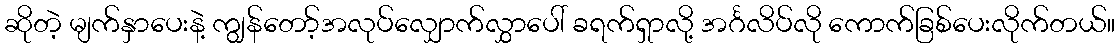
ဆိုတဲ့ မျက်နှာပေးနဲ့ ကျွန်တော့်အလုပ်လျှောက်လွှာပေါ် ခရက်ရှာလို့ အင်္ဂလိပ်လို ကောက်ခြစ်ပေးလိုက်တယ်။